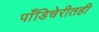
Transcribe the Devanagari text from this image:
पाँडिचेरीतही